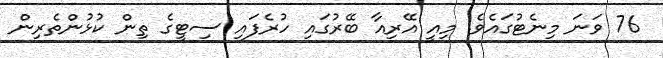
76 ވަނަ މިނެޓުގައެވެ. މިއީ އޭރިއާ ބޭރުގައި ހުރެފައި ސިޓީގެ ތިން ކުޅުންތެރިން